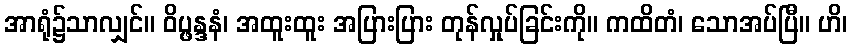
အာရုံ၌သာလျှင်။ ဝိပ္ဖန္ဒနံ၊ အထူးထူး အပြားပြား တုန်လှုပ်ခြင်းကို။ ကထိတံ၊ သောအပ်ပြီ။ ဟိ၊